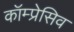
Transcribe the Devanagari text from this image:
कॉम्प्रेसिव